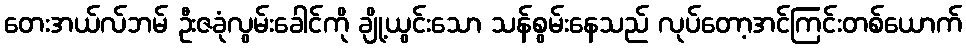
တေးအယ်လ်ဘမ် ဦးဇခုံလွမ်းခေါင်ကို ချို့ယွင်းသော သန်စွမ်းနေသည် လုပ်တော့အင်ကြင်းတစ်ယောက်